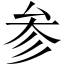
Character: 参